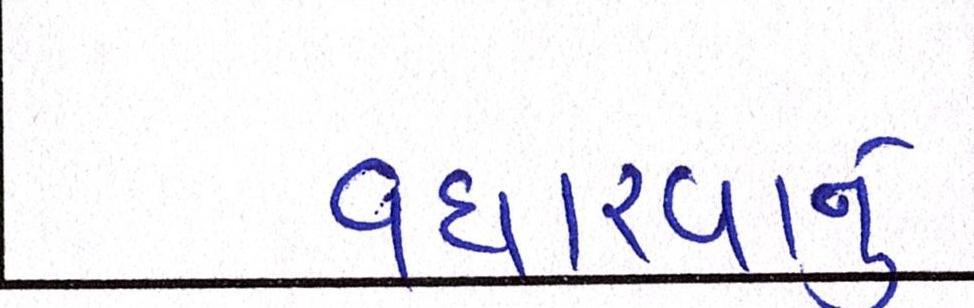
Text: વધારવાનું